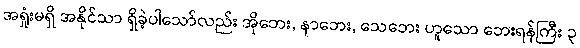
အရှုံးမရှိ အနိုင်သာ ရှိခဲ့ပါသော်လည်း အိုဘေး, နာဘေး, သေဘေး ဟူသော ဘေးရန်ကြီး ၃